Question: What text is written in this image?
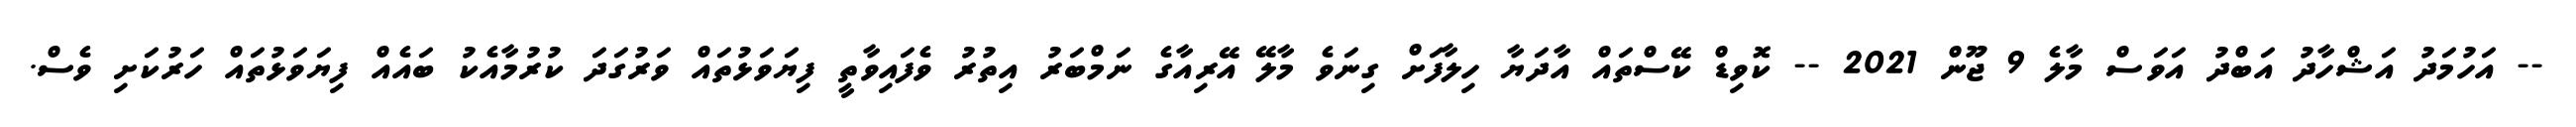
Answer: -- އަހުމަދު އަޝްހާދު އަބްދު އަވަސް މާލެ 9 ޖޫން 2021 -- ކޮވިޑް ކޭސްތައް އާދަޔާ ހިލާފަށް ގިނަވެ މާލޭ އޭރިއާގެ ނަމްބަރު އިތުރު ވެފައިވާތީ ފިޔަވަޅުތައް ވަރުގަދަ ކުރުމާއެކު ބައެއް ފިޔަވަޅުތައް ހަރުކަށި ވެސް.